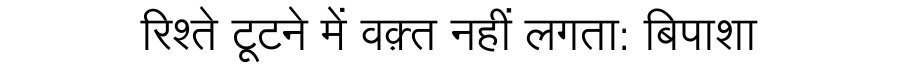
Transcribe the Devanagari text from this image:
रिश्ते टूटने में वक़्त नहीं लगता: बिपाशा